Annual report on the health of the army in India
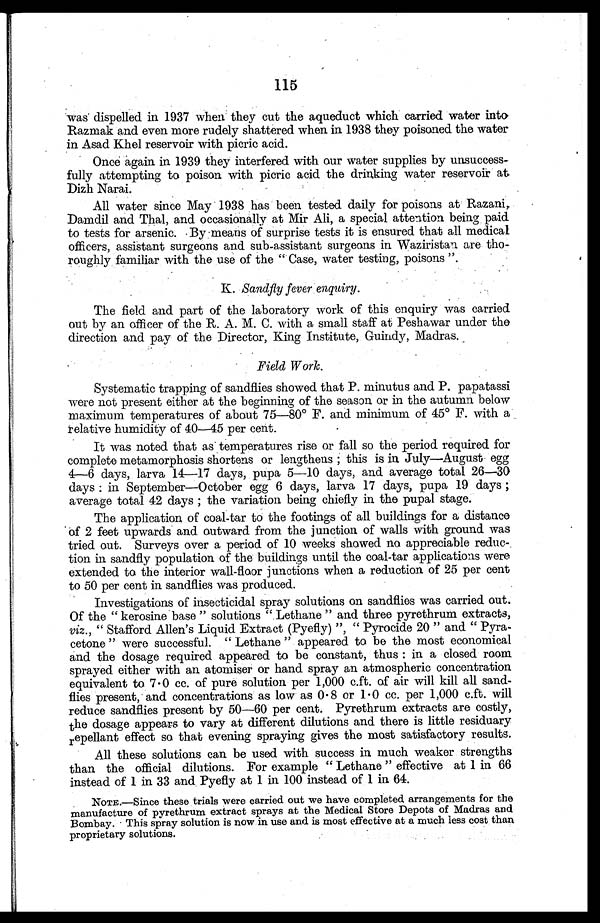
115
was dispelled in 1937 when they cut the aqueduct which carried water into
Razmak and even more rudely shattered when in 1938 they poisoned the water
in Asad Khel reservoir with picric acid.
Once again in 1939 they interfered with our water supplies by unsuccess
-fully attempting to poison with picric acid the drinking water reservoir at
Dizh Narai.
All water since May 1938 has been tested daily for poisons at Razani,
Damdil and Thal, and occasionally at Mir Ali, a special attention being paid
to tests for arsenic. By means of surprise tests it is ensured that all medical
officers, assistant surgeons and sub-assistant surgeons in Waziristan are tho
-roughly familiar with the use of the "Case, water testing, poisons".
K. Sandfly fever enquiry.
The field and part of the laboratory work of this enquiry was carried
out by an officer of the R. A. M. C. with a small staff at Peshawar under the
direction and pay of the Director, King Institute, Guindy, Madras.
Field Work.
Systematic trapping of sandflies showed that P. minutus and P. papatassi
were not present either at the beginning of the season or in the autumn below
maximum temperatures of about 75—80° F. and minimum of 45° F. with a
relative humidity of 40—45 per cent.
It was noted that as temperatures rise or fall so the period required for
complete metamorphosis shortens or lengthens; this is in July—August egg
4—6 days, larva 14—17 days, pupa 5—10 days, and average total 26—30
days: in September—October egg 6 days, larva 17 days, pupa 19 days;
average total 42 days; the variation being chiefly in the pupal stage.
The application of coal-tar to the footings of all buildings for a distance
of 2 feet upwards and outward from the junction of walls with ground was
tried out. Surveys over a period of 10 weeks showed no appreciable reduc
-tion in sandfly population of the buildings until the coal-tar applications were
extended to the interior wall-floor junctions when a reduction of 25 per cent
to 50 per cent in sandflies was produced.
Investigations of insecticidal spray solutions an sandflies was carried out.
Of the "kerosine base" solutions "Lethane" and three pyrethrum extracts,
viz., "Stafford Allen's Liquid Extract (Pyefly)", "Pyrocide 20" and "Pyra
-cetone" were successful. "Lethane" appeared to be the most economical
and the dosage required appeared to be constant, thus: in a closed room
sprayed either with an atomiser or hand spray an atmospheric concentration
equivalent to 7.0 cc. of pure solution per 1,000 c.ft. of air will kill all sand-
flies present, and concentrations as low as 0.8 or 1.0 cc. per 1,000 c.ft. will
reduce sandflies present by 50—60 per cent. Pyrethrum extracts are costly,
the dosage appears to vary at different dilutions and there is little residuary
repellant effect so that evening spraying gives the most satisfactory results.
All these solutions can be used with success in much weaker strengths
than the official dilutions. For example "Lethane" effective at 1 in 66
instead of 1 in 33 and Pyefly at 1 in 100 instead of 1 in 64.
NOTE.—Since these trials were carried out we have completed arrangements for the
manufacture of pyrethrum extract sprays at the Medical Store Depots of Madras and
Bombay. This spray solution is now in use and is most effective at a much less cost than
proprietary solutions.